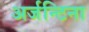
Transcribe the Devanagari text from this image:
अर्जन्टिना